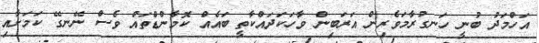
އަހްމަދު ބުނީ ހަނގުރާމަވެރިން އަރަބިން ވާހަކަދައްކާތީ ބައެއް ކޮމާންޑްތައް ވެސް ނޭނގޭ ކަމަށާއި